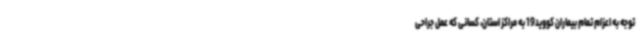
توجه به اعزام تمام بیماران کووید19 به مراکز استان، کسانی که عمل جراحی